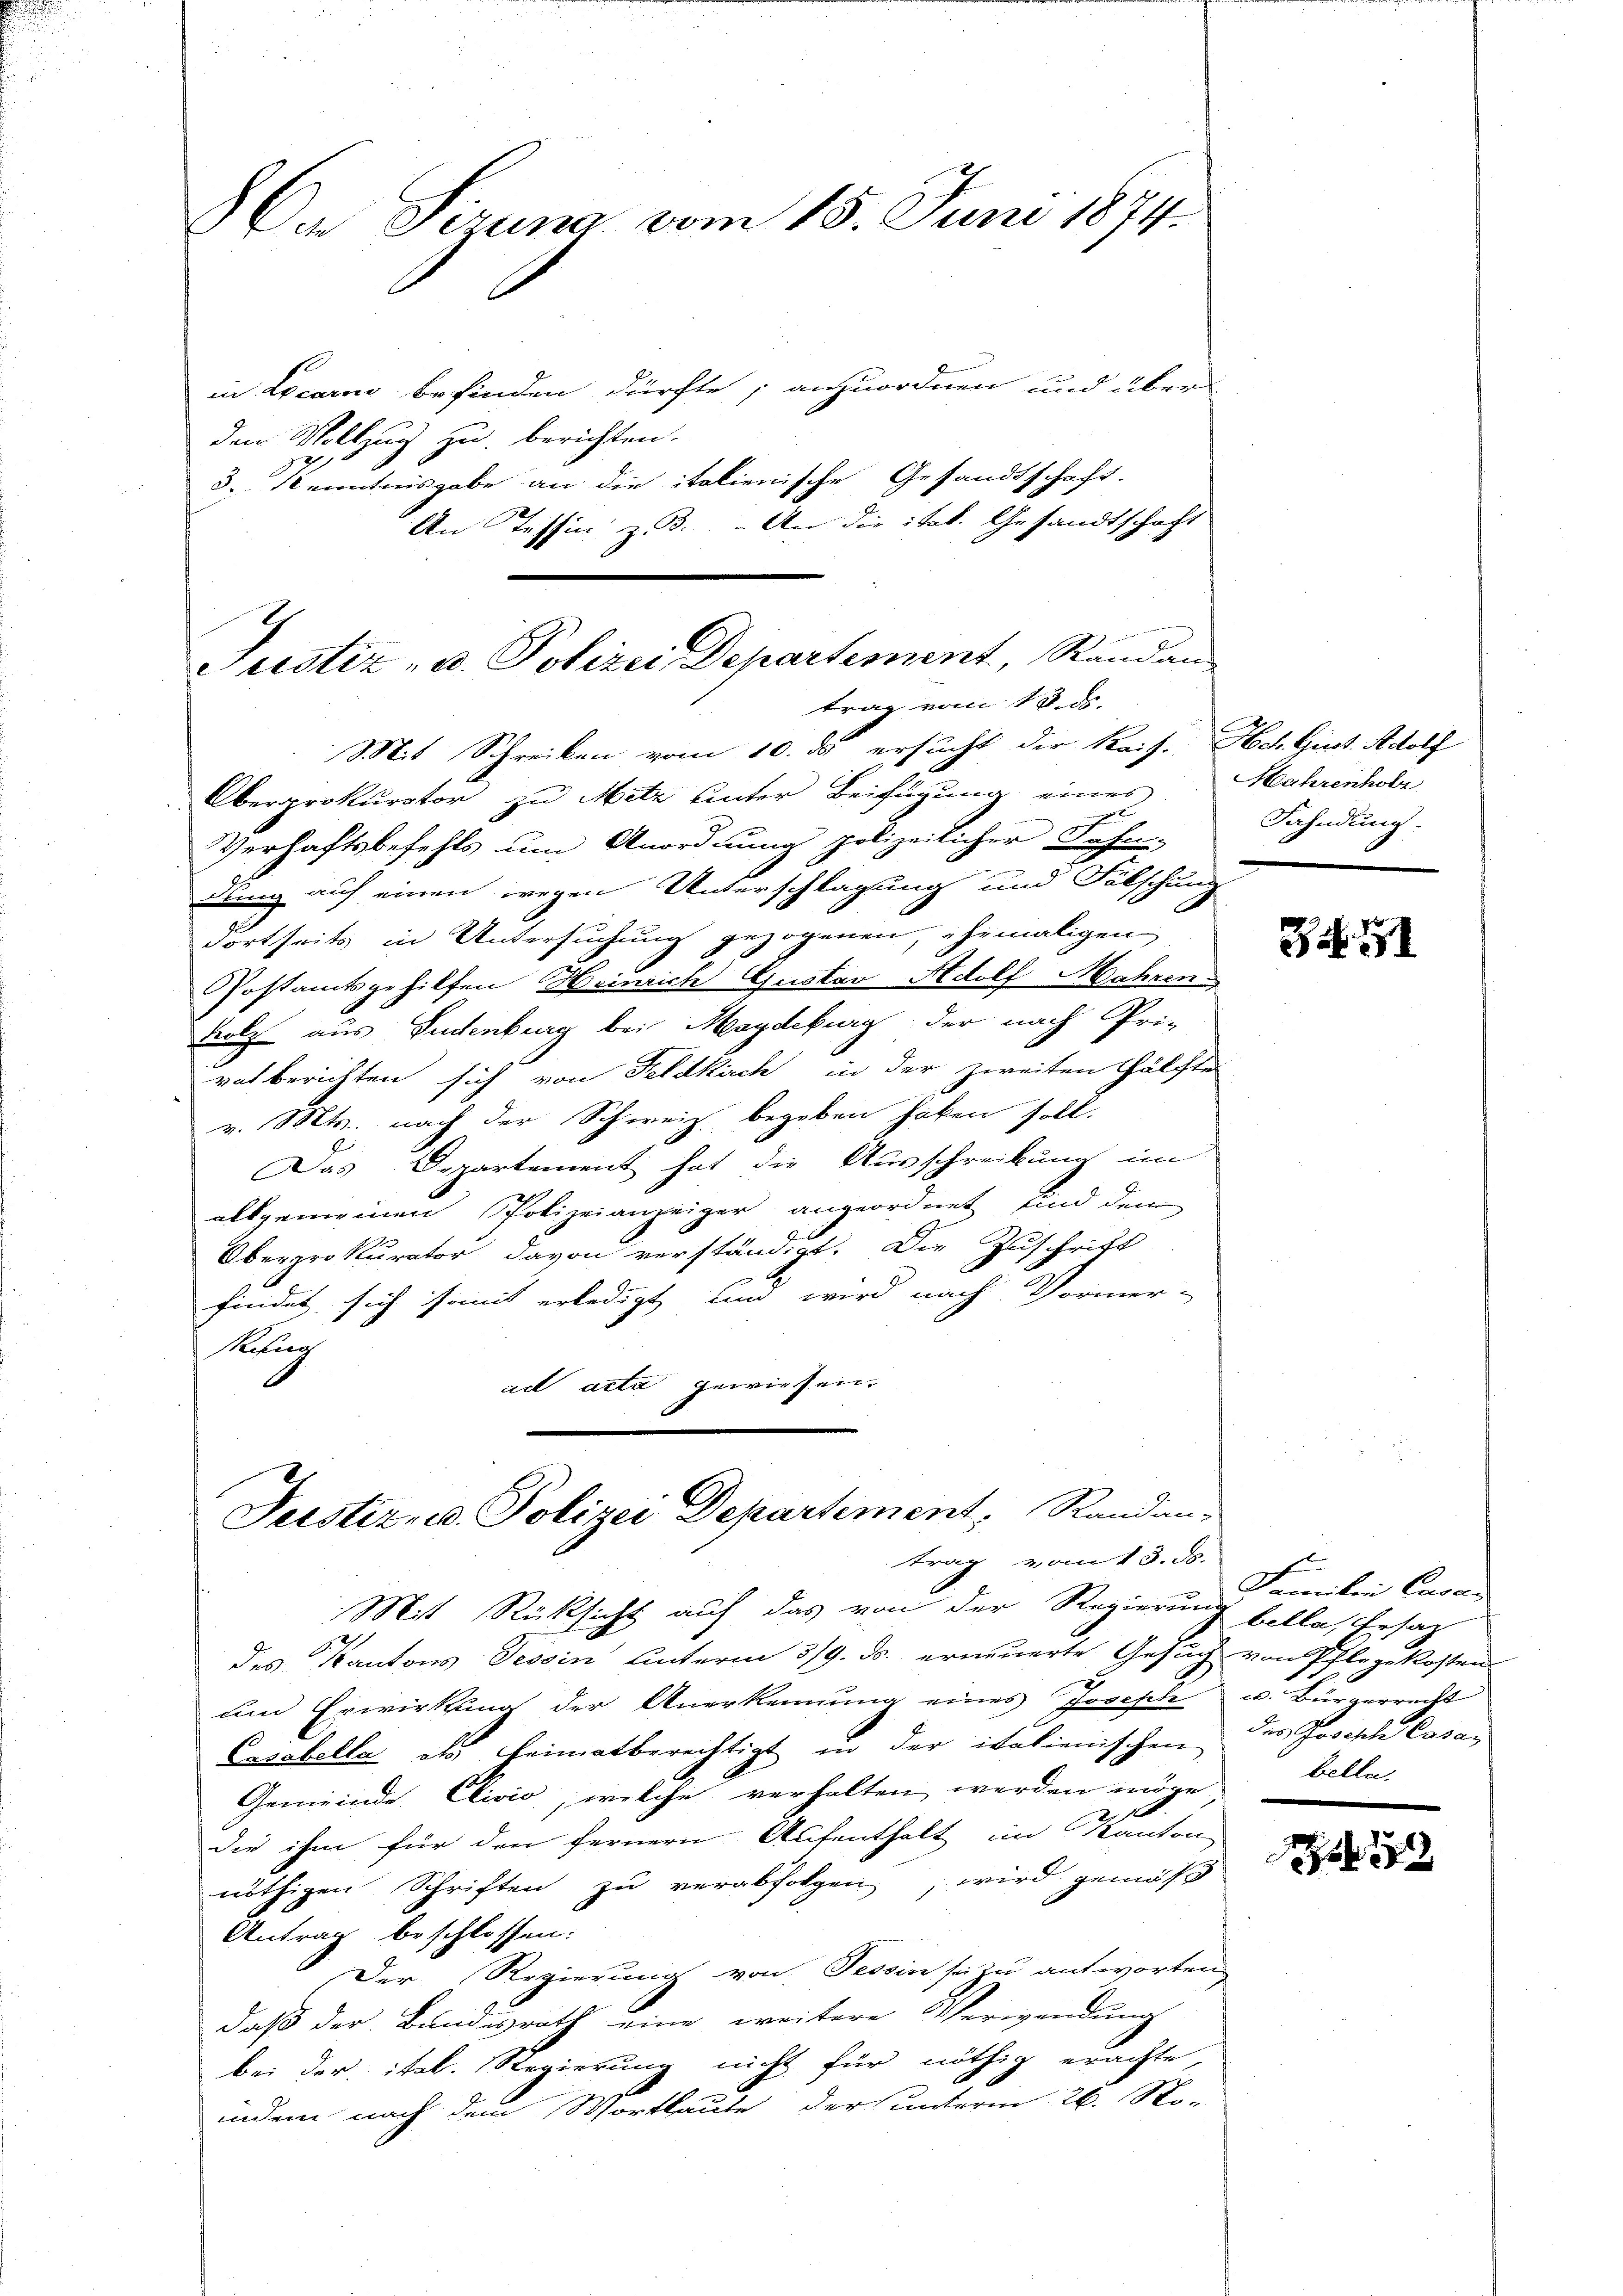
Da Sizung vom 15. Juni 1874.

in Locarn befinden dürfte, anzuordnen und über
dem Vollzug zu berichten.
3. Kenntnisgabe an die italienische Gesandtschaft.
Verhaftsbefehls um Anordnung polizeilicher Fahr
dung auf einen wegen Unterschlagung und Fälschung
dortseits in Untersuchung gezogenen, ehemaligen
Postamtsgehilfen Heinrich Gustav Adolf Mähren
Trotz aus Judenburg bei Magdeburg der nach Pri-
vatberichten sich von Feldkirch in der zweiten Hälfte
v. Mts. nach der Schweiz begeben haben soll.
Das Departement hat die Ausschreibung im
allgemeinen Polizeianzeiger angeordnet sind dem
Oberprokurator davon verständigt. Die Zuschrift
findet sich somit erledigt, um wird nach Vormer-
Refun
ad acta gewiesen.

An Tessin z. 3. An die ital. Gesandtschaft
Justiz- u. Polizei Departement, Randan
trag vom 13. ds.
Mit Schreiben vom 10. ds ersucht der Kais. Hch. Giet. Adolf
Oberprokurator zu Metz unter Beifügung eines Mahrenhole

Justiz- u. Polizei Departement, Randan-
trag vom 13. ds.

Fahndung.

Mit Rücksicht auf das von der Regierung bella, Ersatz
e
des Kantons Tessin unterm 3/9. ds. erneuerte Gesuch von Pflegekosten
den Erwirkung der Anerkennung eines Joseph
Casobella als Heimatberechtigt in der italienischen der Josische Casan
Gemeinde Clivić, welche verhalten werden möge
die ihm für den fernern Aufenthalt im Kanton
nöthigen Schriften zu verabfolgen, wird gemäß
Antrag beschlossen:
Der Regierung von Tessin sei zu antworten
daß der Bundesrath eine weitere Verwendung
bei der ital. Regierung nicht für nöthig erachte,
indem nach dem Wortlaute der unterm 26. No-

34. 751

Familien Casan
u. Bürgerrecht
belle.

7